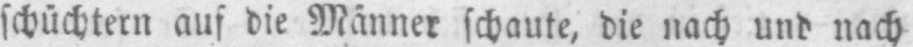
schüchtern auf die Männer schaute, die nach und nach